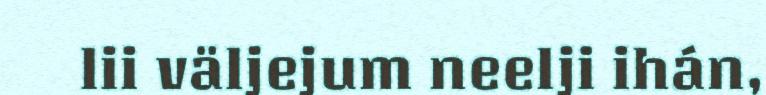
lii väljejum neelji ihán,